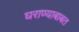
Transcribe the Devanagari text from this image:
घराण्याबाबत